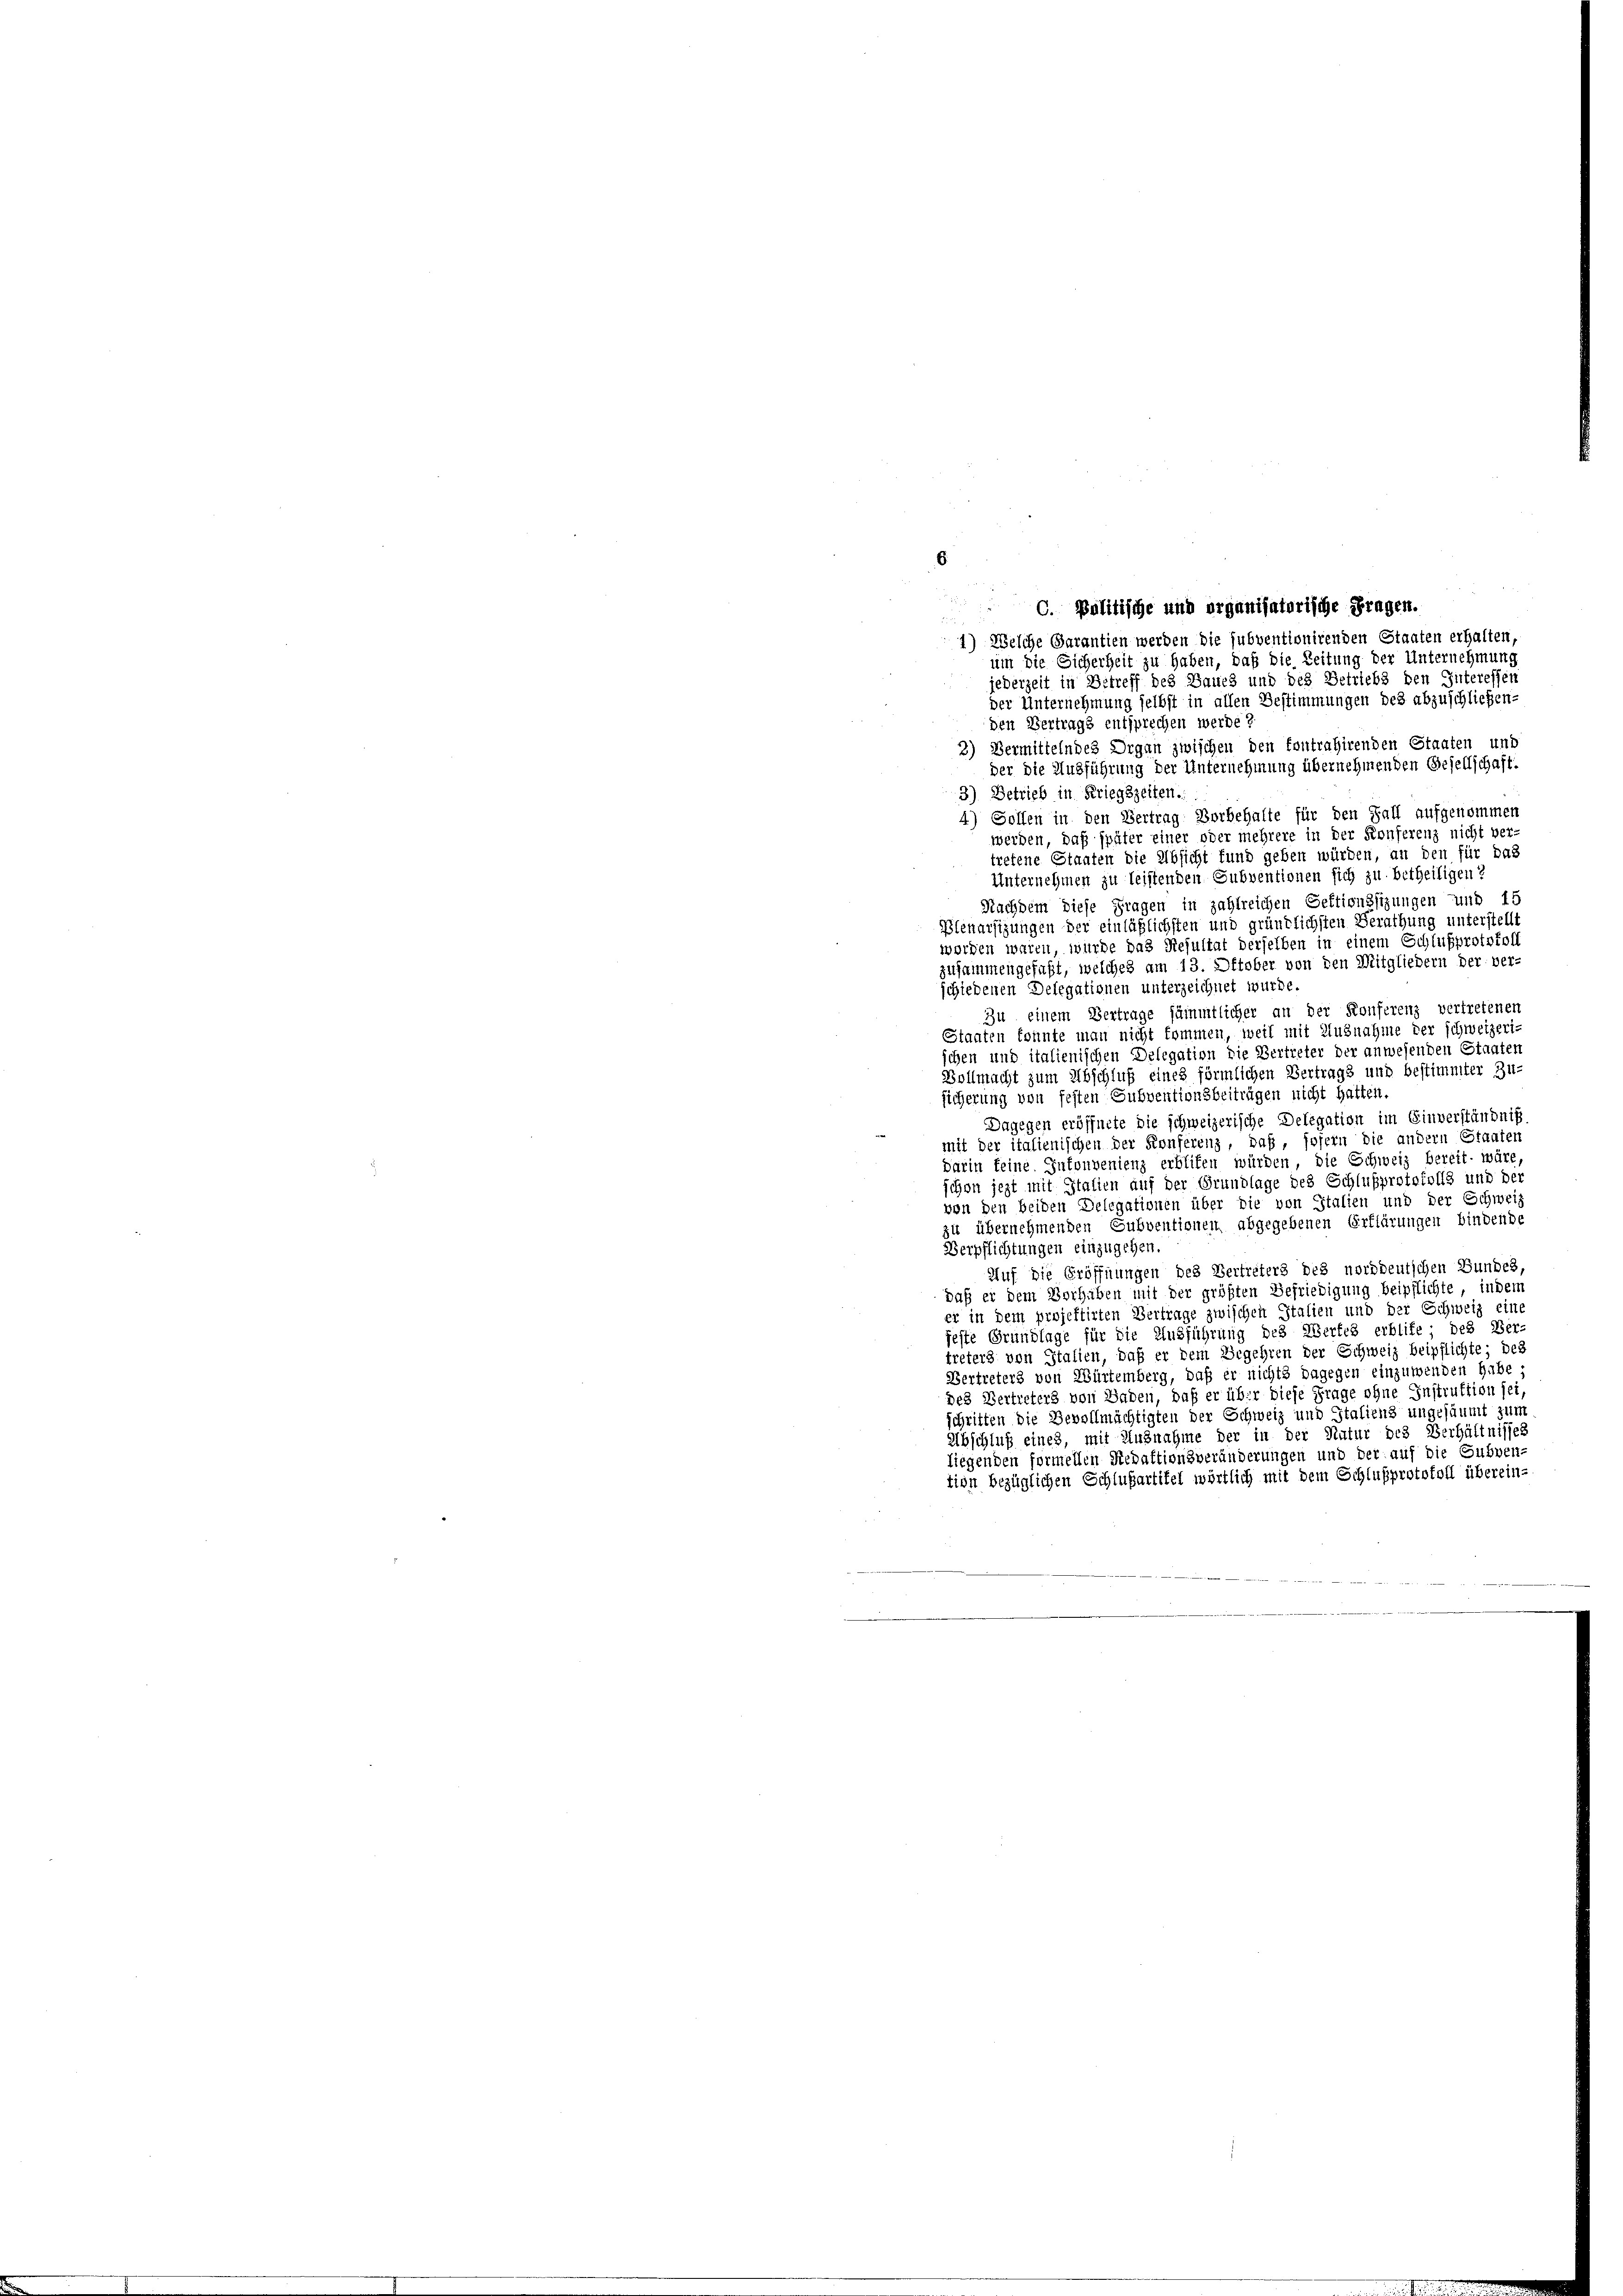
C. Politische und organisatorische Fragen.
um die Sicherheit zu haben, daß die Zeitung der Unternehmung
jederzeit in Betreff des Baues und des Betriebs den Interessen
der Unternehmung selbst in allen Bestimmungen des abzuschließen-
den Vertrags entsprechen werde ?
3) Vermittelndes Organ zwischen den fontrahirenden Staaten und
der die Ausführung der Unternehmung übernehmenden Besellschaft.
3) Betrieb in Kriegszeiten.
4) Sollen in den Vertrag Vorbehalte für den Fall aufgenommen
werden, daß später einer oder mehrere in der Konferenz nicht ver-
tretene Staaten die Absicht fund geben würden, an den für das
Unternehmen zu leistenden Subventionen sich zu betheiligen?
Nachdem diese Fragen in zahlreichen Gektionssizungen und 15
Plenarsigungen der einläßlichsten und gründlichsten Berathung unterstellt
worden waren, würde das Resultat derselben in einem Schlußprotokoll
zusammengefaßt, welches am 13. Oktober von den Mitgliedern der ver-
schiedenen Delegationen unterzeichnet wurde.
Zu einem Vertrage sämmtlicher an der Konferenz vertretenen
Staaten konnte man nicht kommen, weil mit Ausnahme der schweizeri-
schen und italienischen Delegation die Vertreter der anwesenden Staaten
Vollmacht zum Abschluß eines förmlichen Vertrags und bestimmter Zu-
sicherung von festen Subventionsbeiträgen nicht hatten.
Dagegen eröffnete die schweizerische Delegation im Einverständnis
mit der italienischen der Konferenz, daß, sofern die andern Staaten
Darin feine Gutouvenienz erblifen würden, die Schweiz bereit wäre,
schon jezt mit Italien auf der Grundlage des Schlußprotokolls und der
von den beiden Delegationen über die von Italien und der Schwei
zu übernehmenden Subventionen abgegebenen Erklärungen bindende
Verpflichtungen einzugehen.
Auf die Eröffnungen des Vertreters des norddeutschen Bundes,
daß er dem Verhaben mit der größten Befriedigung beipflichte, indem
er in dem projektirten Vertrage zwischen Italien und der Schweiz eine
feste Grundlage für die Ausführung des Werfes erblite; des Ver
treters von Italien, daß er dem Begehren der Schweiz beipflichte; des
Vertreters von Würtemberg, daß er nichts dagegen einzuwenden habe;
des Vertreters von Baden, daß er über diese Frage ohne Instruktion sei,
schritten die Bevollmächtigten der Schweiz und Italiens ungesäumt zum
Abschluß eines, mit Ausnahme der in der Natur des Verhältnisses
liegenden formellen Redaktionsveränderungen und der auf die Subven-
tion bezüglichen Schlußartikel wörtlich mit dem Schlußprotokoll überein-

6

1) Welche Garantien werden die subventionirenden Staaten erhalten,